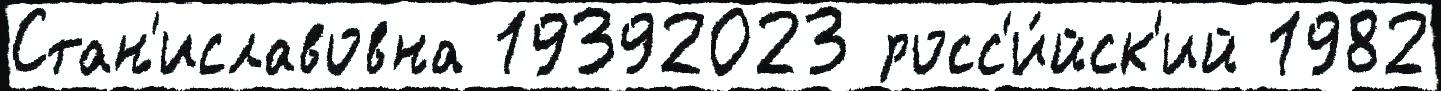
Стан'иславовна 19392023 росс'и́йск'ий 1982